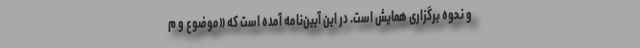
و نحوه برگزاری همایش است. در این آیین‌نامه آمده است که «موضوع و م